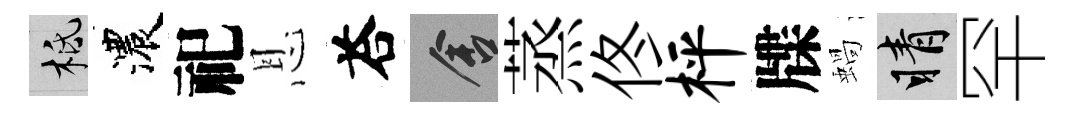
柢濃祀恩荅舍蒸佟枰牒蝸睛罕